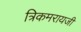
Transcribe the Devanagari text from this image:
त्रिकमरायजी